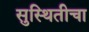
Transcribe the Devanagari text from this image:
सुस्थितीचा